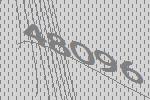
48096